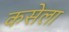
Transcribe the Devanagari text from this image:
कसेला